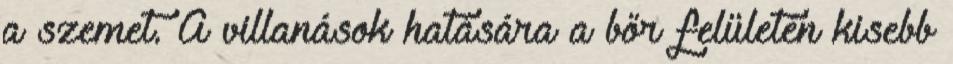
a szemet. A villanások hatására a bőr felületén kisebb